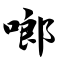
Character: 啷